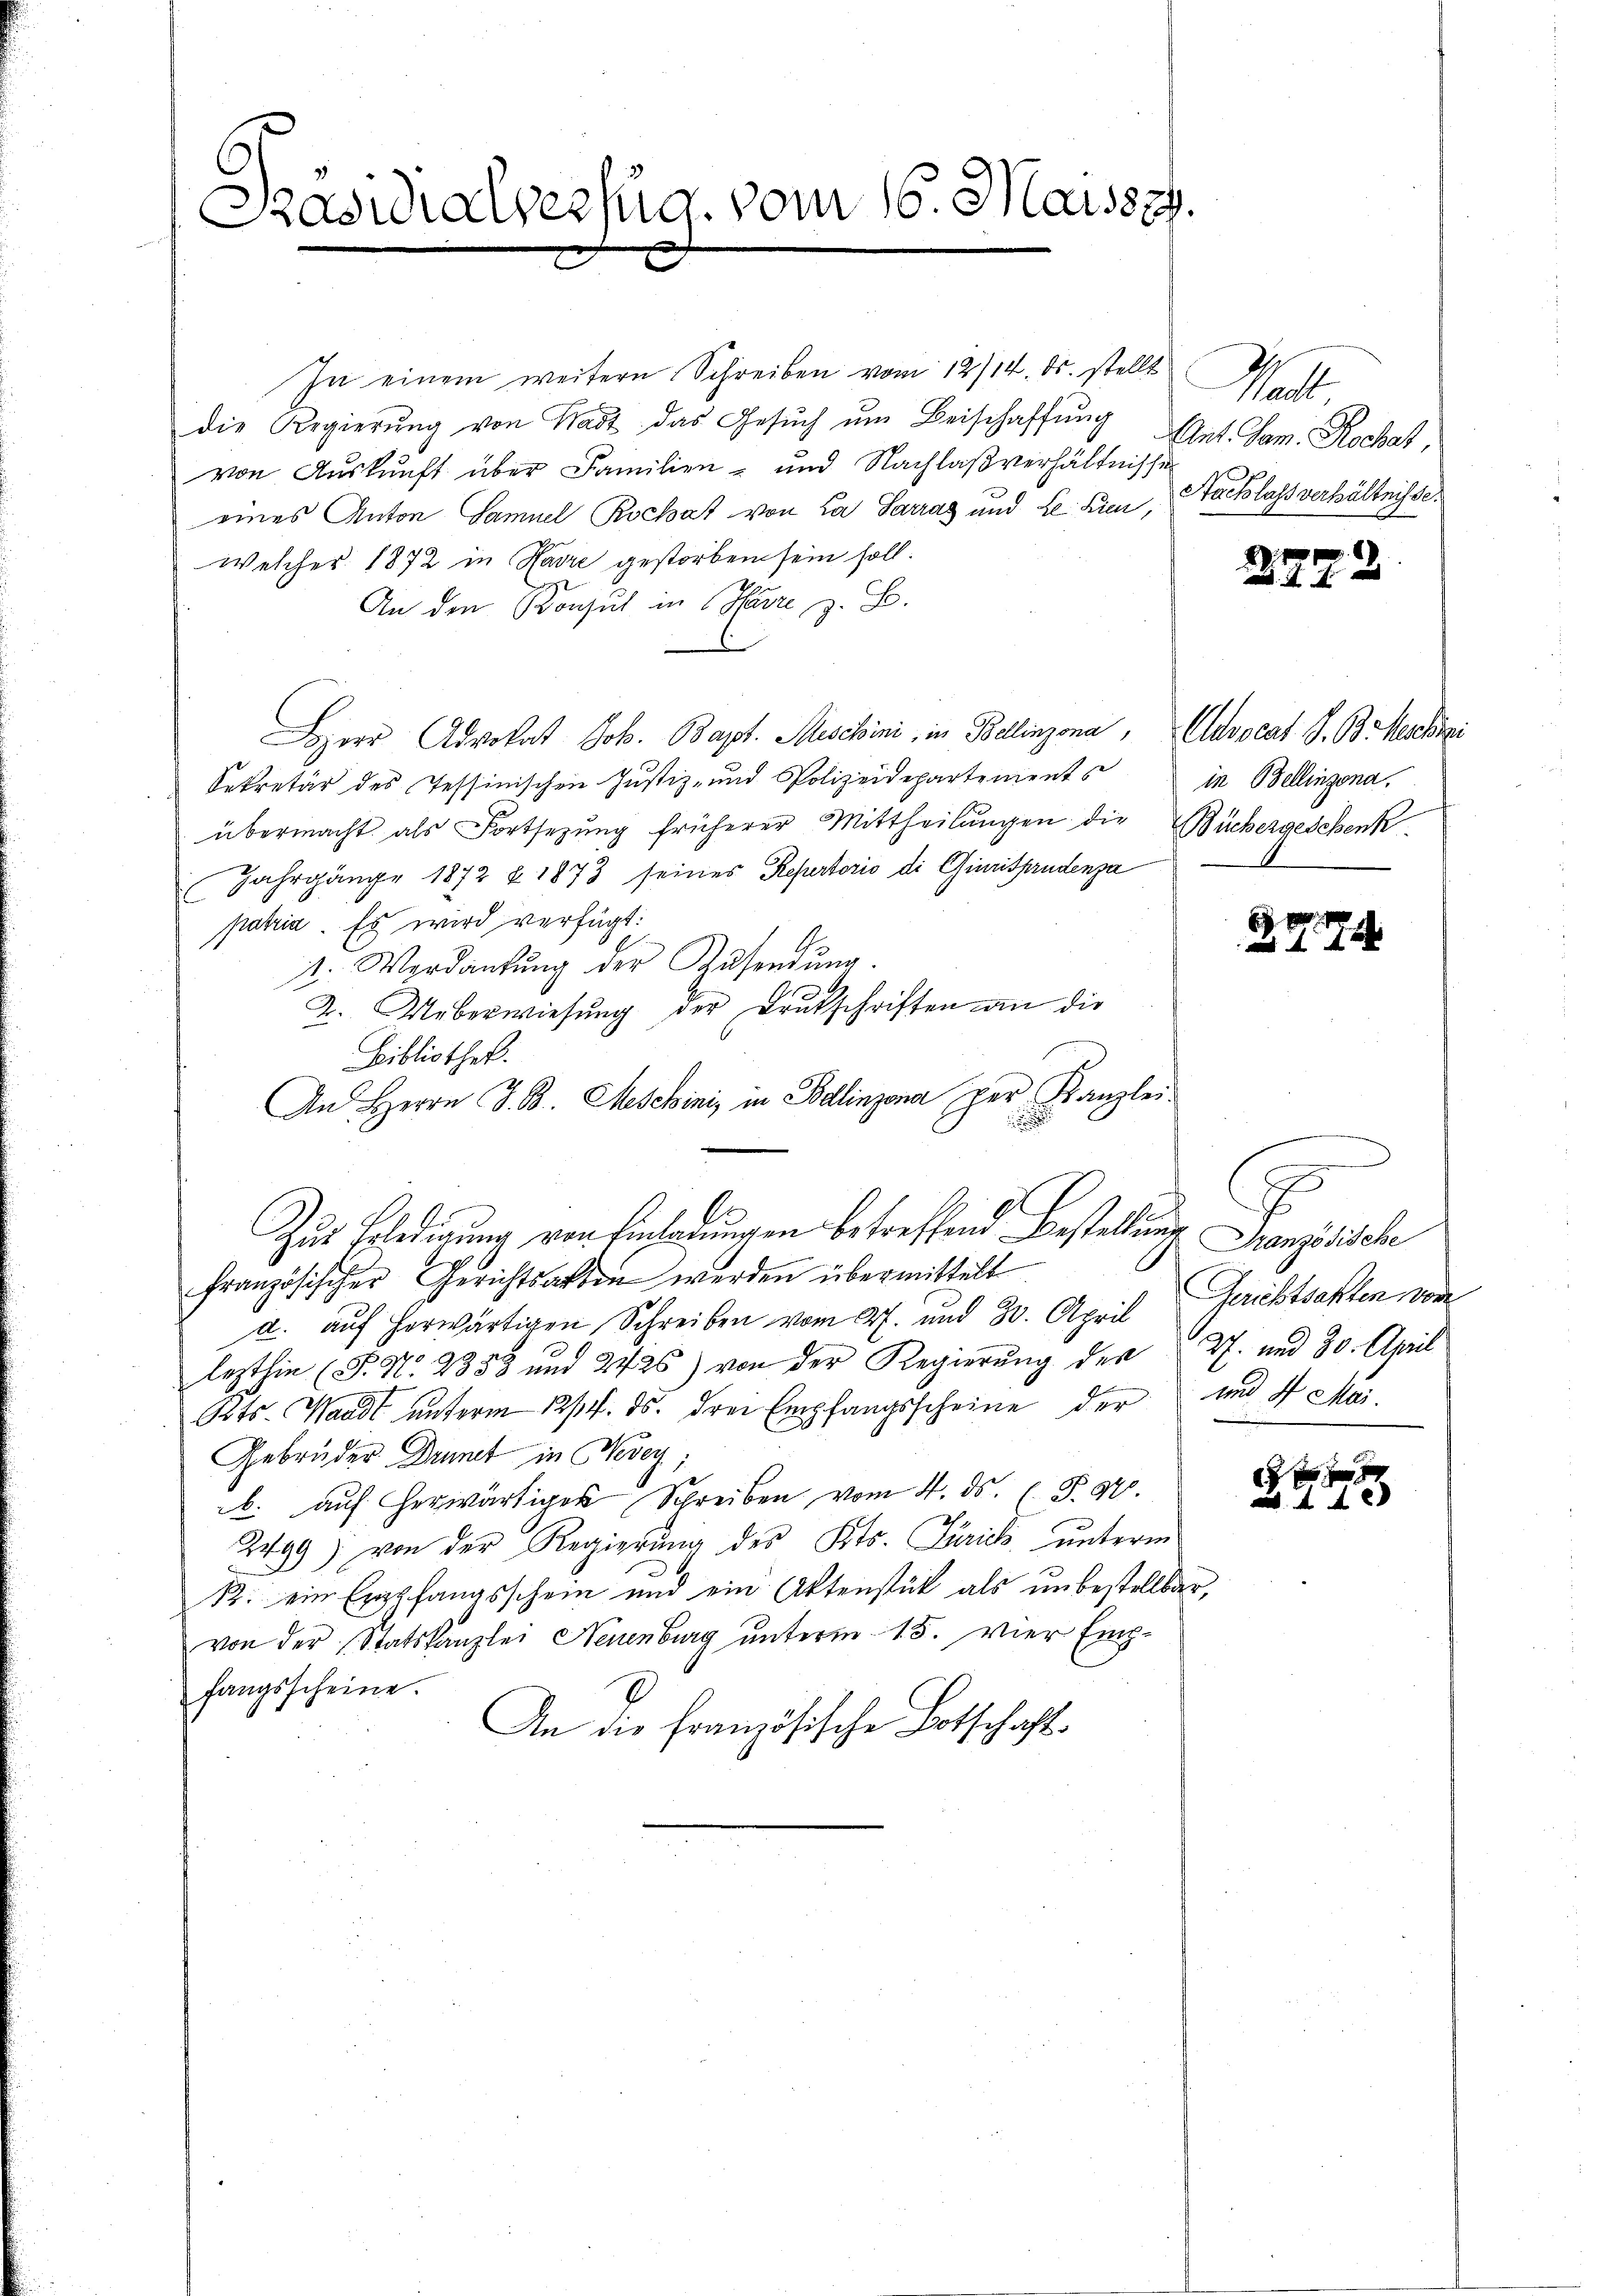
Präsidialverfug. vom 16. Maiszz.
.

In einem weitern Schreiben vom 12/14. ds. stellt
die Regierŭng von Stadt das Gesŭch ŭm Beischaffŭng
von Auskunft über Familien- und Nachlaßverhältnisse
eines Anton Samuel Kochat von La Sarrag und L. Kien,
Welcher 1872 in Havre gestorben sein soll.
An den Konsul in Havre z. B.
Herr Advokat Joh. Bapt. Mischini, in Bellinzona, Advocat S. B. Nachri
Sekretär des Tessinischen Justiz- und Polizeidepartements
übermacht als Fortsetzung früherer Mittheilungen die Büchergeschenk
Jahrgänge 1872 & 1873 seines Repertorio di Giurisprudenza
patria. Es wird verfügt:
1. Verdankŭng der Zusendung.
2. Ueberwiesŭng der Drukschriften an die
Bibliothek.
An Herrn J. B. Meschinis in Bellinzona per Kanzlei
Zur Erledigung von Einladungen betreffend Bestellung Französische
französischer Gerichtsakten werden übermittelt
a. auf herwärtigen Schreiben vom 27. und 30. April Gerichtsakten von
lezthin (P. Nr. 2358 und 24 25) von der Regierŭng der 27. und 30. April
Kts. Waadt unterm 12/4. ds. drei Empfangsscheine der und 4 Mai
Gebrüder Drunt in Vevey
b. aŭf herwärtiger Schreiben vom 4. ds. (T.97.
2499) von der Regierung des Kts. Zürich unterm
R. ein Empfangsschein und ein Aktenstück als unbestellbar,
von der Statskanzlei Neuenburg unterm 15. vier Empfangsscheine.
An die Französische Botschaft.

Ha
Ant. Jan. Rochat,
Sachlass verhältnisse.

in Bellinzona.

r
f

.29

B. 97. 174

s

0 x
 f 48 x